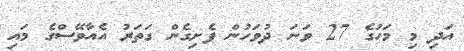
އަދި މި މަހުގެ 27 ވަނަ ދުވަހުން ފެށިގެން ގަތަރު އެއާވޭސްގެ މައި